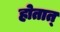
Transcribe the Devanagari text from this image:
होतात्